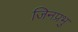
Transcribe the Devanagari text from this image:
जिनप्रभु